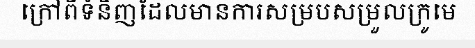
ក្រៅពីទំនិញដែលមានការសម្របសម្រួលក្រូមេ